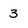
Character: 3